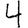
Digit: 4